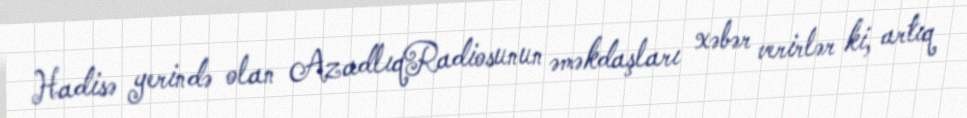
Hadisə yerində olan AzadlıqRadiosunun əməkdaşları xəbər verirlər ki, artıq